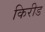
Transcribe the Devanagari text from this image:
किरीड